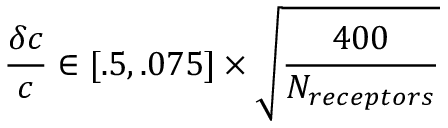
\frac { \delta c } { c } \in [ . 5 , . 0 7 5 ] \times \sqrt { \frac { 4 0 0 } { N _ { r e c e p t o r s } } }